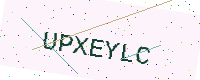
Text: UPXEYLC